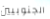
الجنوبيين